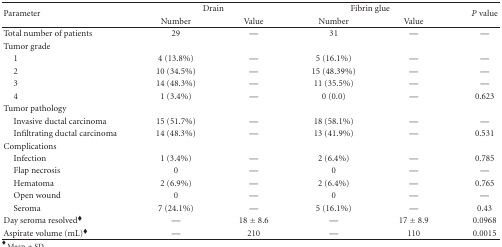
| <ROWSPAN=2> Parameter | <COLSPAN=2> Drain | <COLSPAN=2> Fibrin glue | <ROWSPAN=2> P value |
 | Number | Value | Number | Value |
 | --- | --- | --- | --- | --- | --- |
 | Total number of patients | 29 | — | 31 | — | — |
 | Tumor grade |  |  |  |  |  |
 | 1 | 4 (13.8%) | — | 5 (16.1%) | — | — |
 | 2 | 10 (34.5%) | — | 15 (48.39%) | — | — |
 | 3 | 14 (48.3%) | — | 11 (35.5%) | — | — |
 | 4 | 1 (3.4%) | — | 0 (0.0) | — | 0.623 |
 | Tumor pathology |  |  |  |  |  |
 | Invasive ductal carcinoma | 15 (51.7%) | — | 18 (58.1%) | — | — |
 | Infiltrating ductal carcinoma | 14 (48.3%) | — | 13 (41.9%) | — | 0.531 |
 | Complications |  |  |  |  |  |
 | Infection | 1 (3.4%) | — | 2 (6.4%) | — | 0.785 |
 | Flap necrosis | 0 | — | 0 | — | — |
 | Hematoma | 2 (6.9%) | — | 2 (6.4%) | — | 0.765 |
 | Open wound | 0 | — | 0 | — | — |
 | Seroma | 7 (24.1%) | — | 5 (16.1%) | — | 0.43 |
 | Day seroma resolved◆ | — | 18 ± 8.6 | — | 17 ± 8.9 | 0.0968 |
 | Aspirate volume (mL)◆ | — | 210 | — | 110 | 0.0015 |